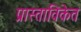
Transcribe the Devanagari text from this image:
प्रास्ताविकेत